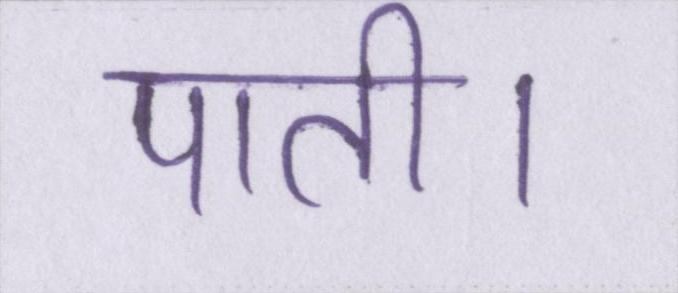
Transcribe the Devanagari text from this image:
पाती।